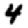
Digit: 4